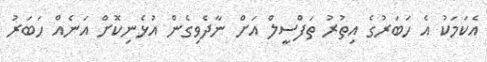
އެކަމަކު އެ ހަބަރުގެ އިތުރު ތަފްސީލް އަށް ނާދެވިގެން އުޅެނިކޮށް އަނެއް ހަބަރު